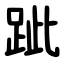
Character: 跐